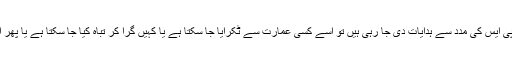
اگر کسی ڈرون کو جی پی ایس کی مدد سے ہدایات دی جا رہی ہیں تو اسے کسی عمارت سے ٹکرایا جا سکتا ہے یا کہیں گرا کر تباہ کیا جا سکتا ہے یا پھر اسے چرایا جا سکتا ہے۔